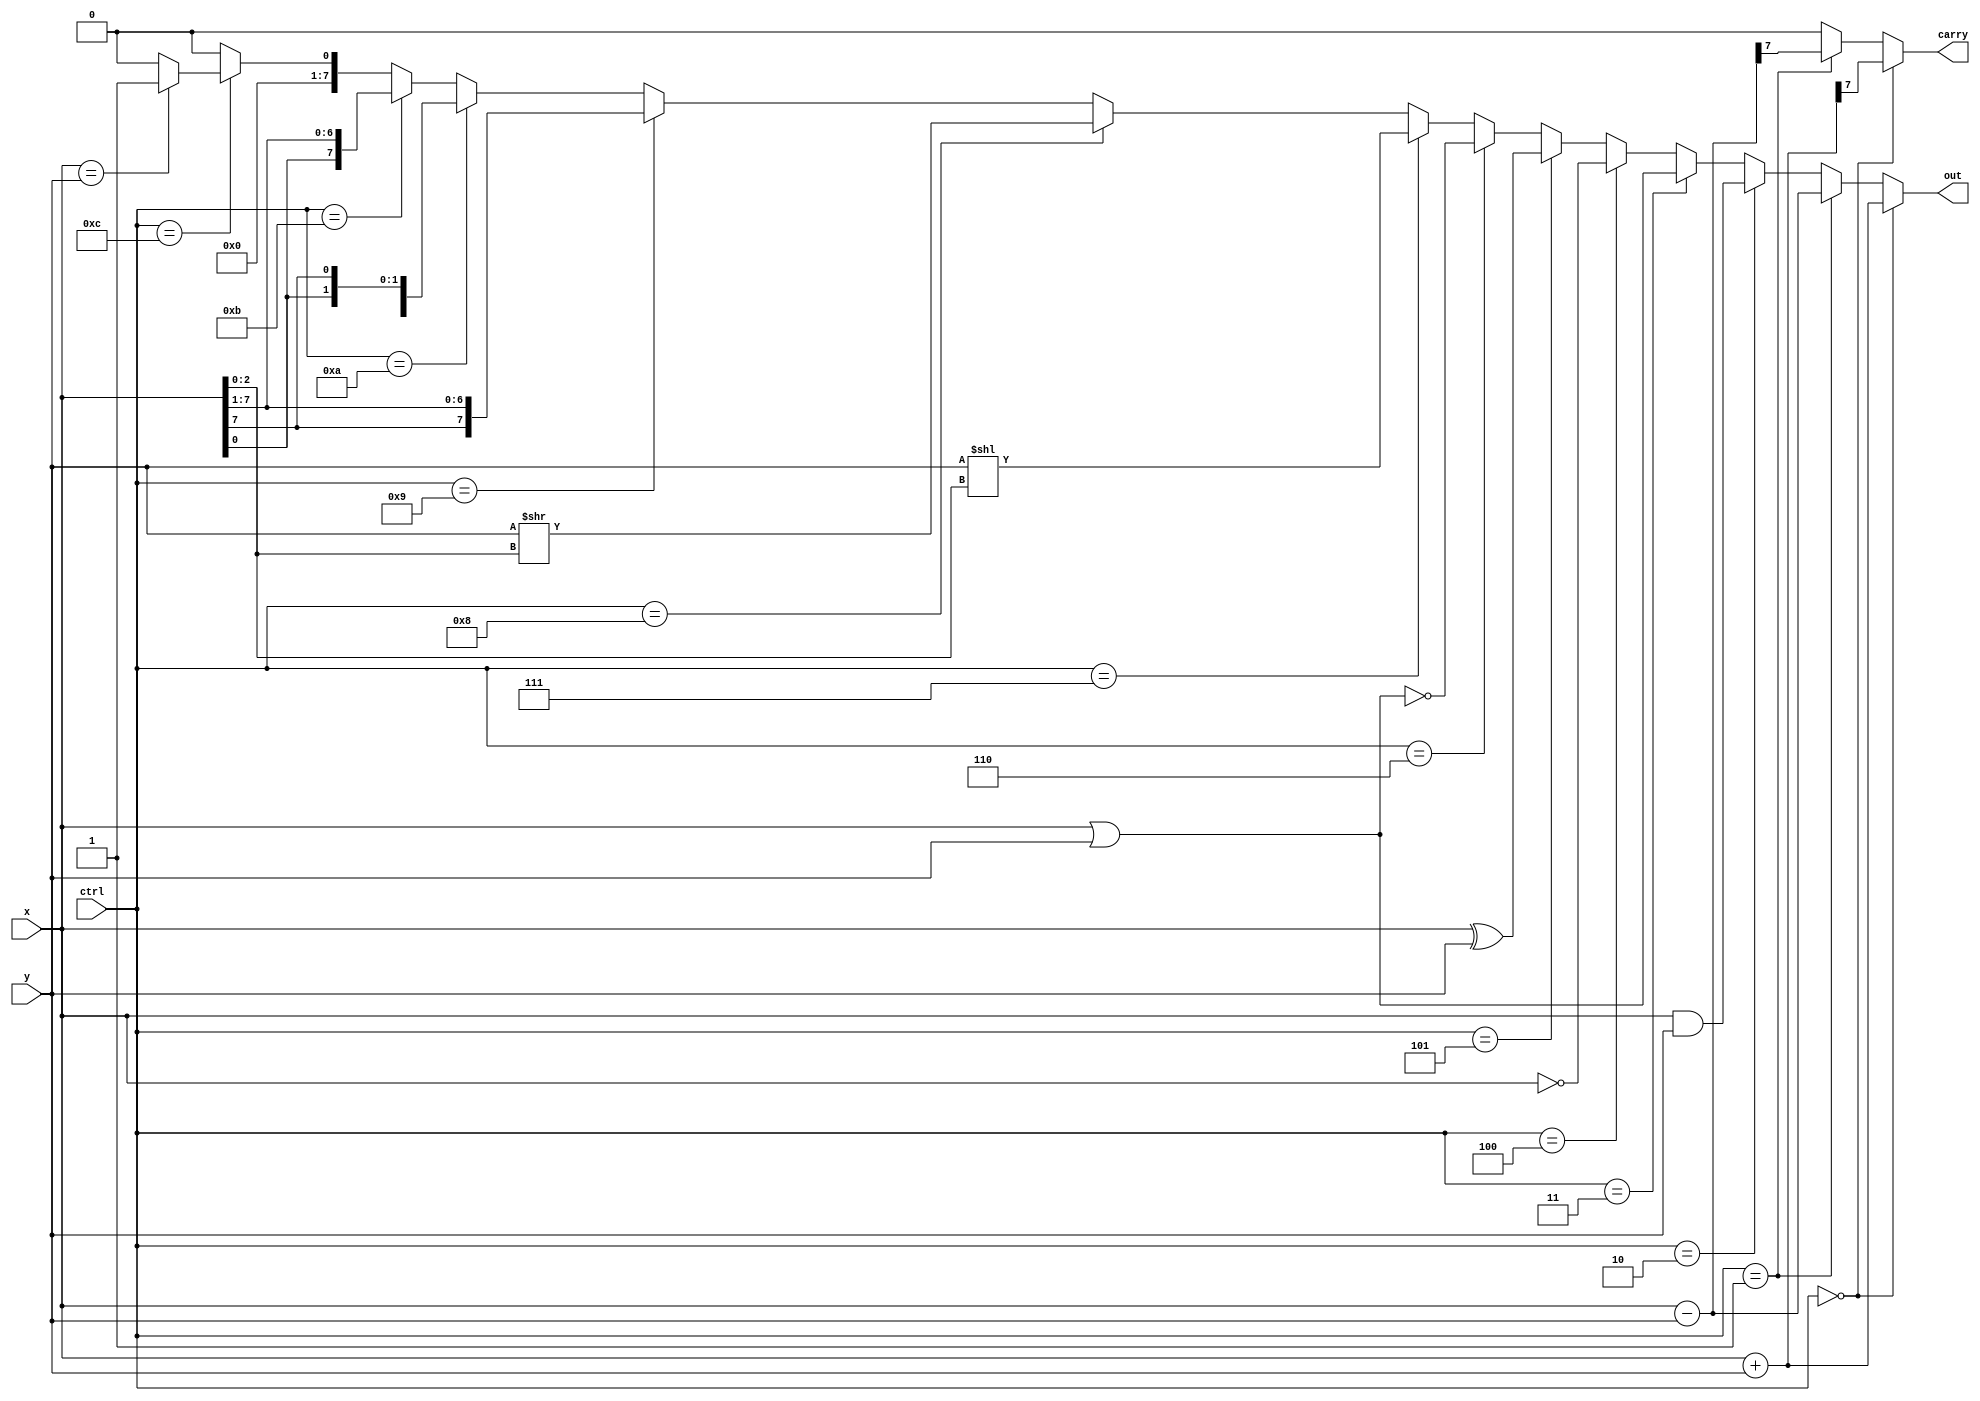
//RTL (use continuous assignment)
module alu_assign(
    ctrl,
    x,
    y,
    carry,
    out  
);
    
    input  [3:0] ctrl;
    input  [7:0] x;
    input  [7:0] y;
    output       carry;
    output [7:0] out;
    
    wire signed [7:0] add;
    wire signed [7:0] sub;

    assign add = $signed(x) + $signed(y);
    assign sub = $signed(x) - $signed(y);

    assign out = (ctrl == 4'b0000) ? add
                 : (ctrl == 4'b0001) ? sub
                 : (ctrl == 4'b0010) ? x & y
                 : (ctrl == 4'b0011) ? x | y
                 : (ctrl == 4'b0100) ? ~x
                 : (ctrl == 4'b0101) ? x ^ y
                 : (ctrl == 4'b0110) ? ~(x | y)
                 : (ctrl == 4'b0111) ? y << x[2:0]
                 : (ctrl == 4'b1000) ? y >> x[2:0]
                 : (ctrl == 4'b1001) ? {x[7], x[7:1]}
                 : (ctrl == 4'b1010) ? {x[6:0], x[7]}
                 : (ctrl == 4'b1011) ? {x[0], x[7:1]}
                 : (ctrl == 4'b1100) ? ((x == y) ? 1 : 0)
                 : 8'd0;
    assign carry = (ctrl == 4'b0000) ? add[7]
                   : (ctrl == 4'b0001) ? sub[7]
                   : 1'b0;
endmodule